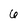
Character: 6